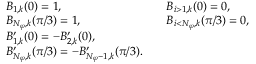
\begin{array} { r l r l } & { B _ { 1 , k } ( 0 ) = 1 , \qquad } & & { B _ { i > 1 , k } ( 0 ) = 0 , } \\ & { B _ { N _ { \varphi } , k } ( \pi / 3 ) = 1 , \qquad } & & { B _ { i < N _ { \varphi } , k } ( \pi / 3 ) = 0 , } \\ & { B _ { 1 , k } ^ { \prime } ( 0 ) = - B _ { 2 , k } ^ { \prime } ( 0 ) , } \\ & { B _ { N _ { \varphi } , k } ^ { \prime } ( \pi / 3 ) = - B _ { N _ { \varphi } - 1 , k } ^ { \prime } ( \pi / 3 ) . } \end{array}